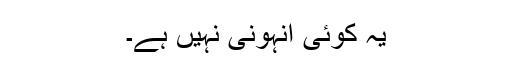
یہ کوئی انہونی نہیں ہے۔